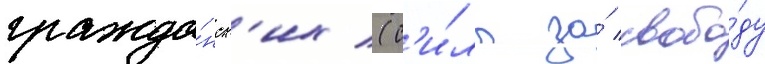
гражда́нск'их (с'и́лы за́ свобо́ду